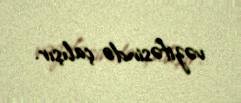
vəzifəsində çalışır.